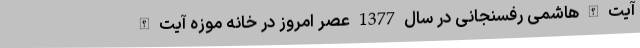
آیت الله هاشمی رفسنجانی در سال 1377 عصر امروز در خانه موزه آیت الله